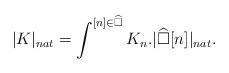
LaTeX: \begin{align*}|K|_{nat} = \int^{[n]\in \widehat{\square}} K_n. |\widehat{\square}[n]|_{nat}.\end{align*}